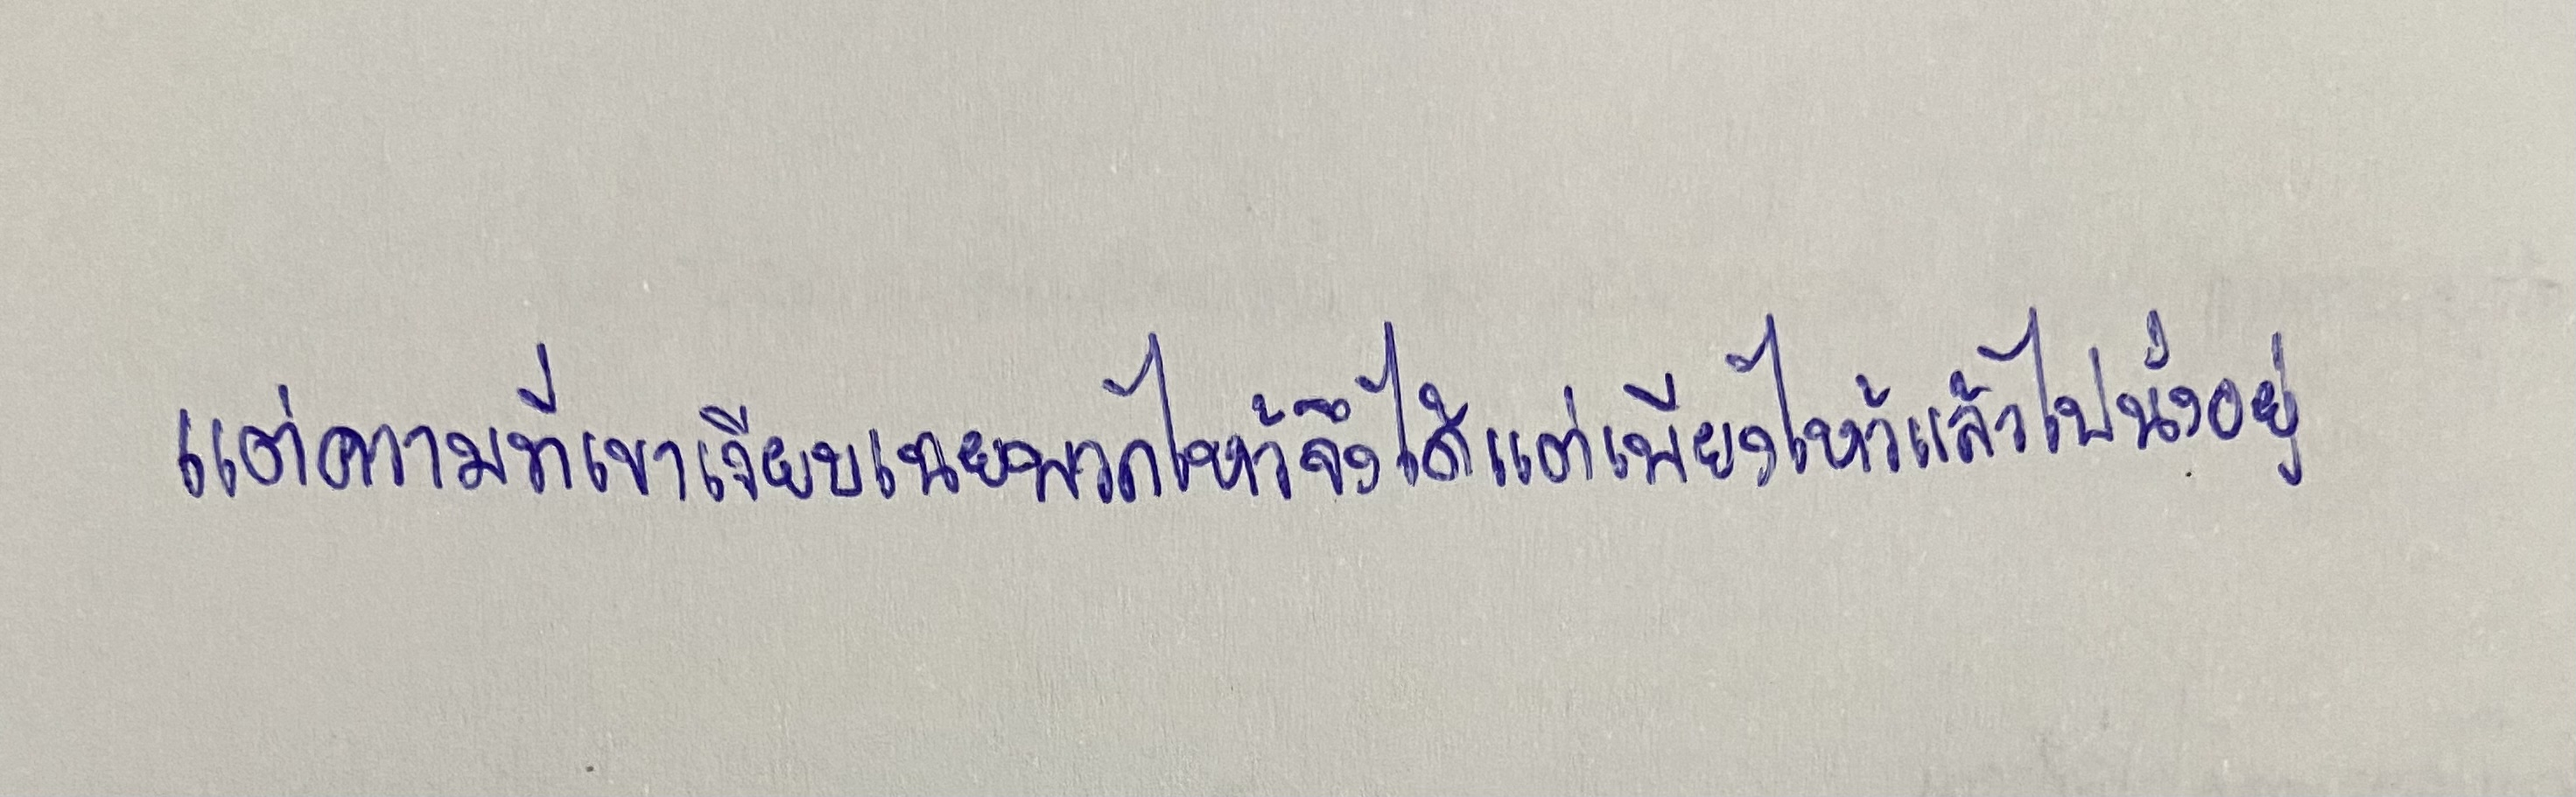
แต่ความที่เขาเงียบเฉยพวกไหว้จึงได้แต่เพียงไหว้แล้วไปนั่งอยู่